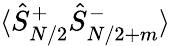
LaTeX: \langle\hat{S}_{N/2}^{+}\hat{S}_{N/2+m}^{-}\rangle